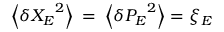
\left\langle \delta { { X } _ { E } } ^ { 2 } \right\rangle \mathrm { ~ = ~ } \left\langle \delta { { P } _ { E } } ^ { 2 } \right\rangle = { { \xi } _ { E } }